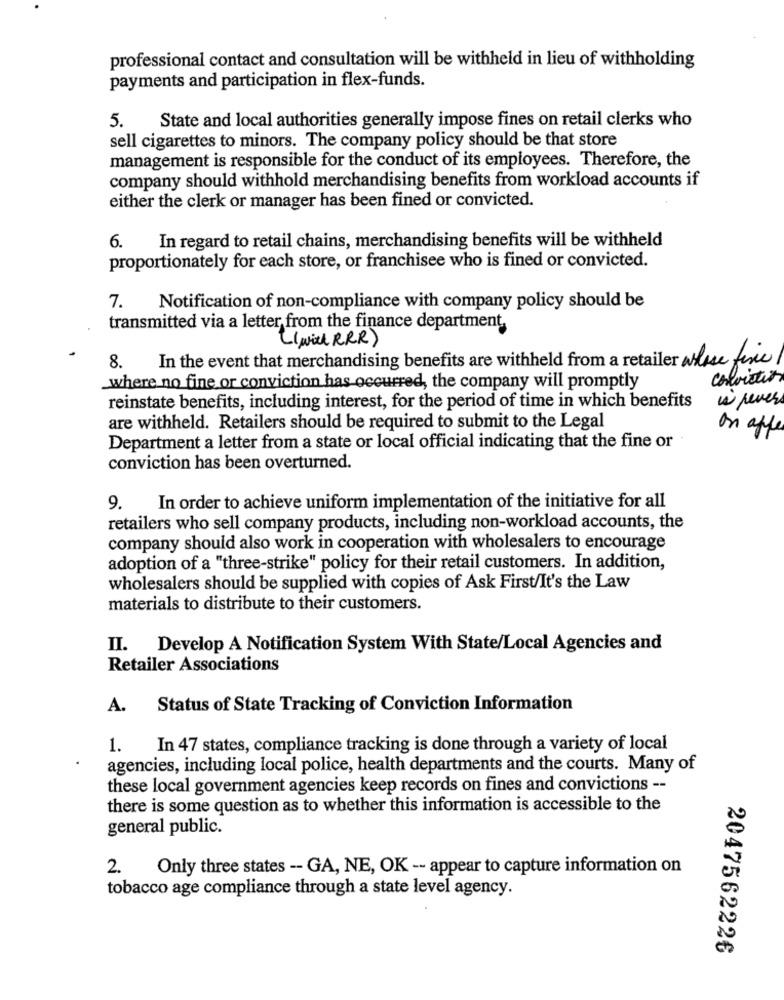
professional contact and consultation will be withheld in lieu of withholding
payments and participation in flex-funds.
5.
State and local authorities generally impose fines on retail clerks who
sell cigarettes to minors. The company policy should be that store
management is responsible for the conduct of its employees. Therefore, the
company should withhold merchandising benefits from workload accounts if
either the clerk or manager has been fined or convicted.
6. In regard to retail chains, merchandising benefits will be withheld
proportionately for each store, or franchisee who is fined or convicted.
7.
Notification of non-compliance with company policy should be
transmitted via a letter from the finance department,
(will RRR)
In the event that merchandising benefits are withheld from a retailer alose fixe
8.
conviction
where no fine or conviction has occurred, the company will promptly
w pevers
reinstate benefits, including interest, for the period of time in which benefits
are withheld. Retailers should be required to submit to the Legal
on after
Department a letter from a state or local official indicating that the fine or
conviction has been overturned.
9.
In order to achieve uniform implementation of the initiative for all
retailers who sell company products, including non-workload accounts, the
company should also work in cooperation with wholesalers to encourage
adoption of a "three-strike" policy for their retail customers. In addition,
wholesalers should be supplied with copies of Ask First/It's the Law
materials to distribute to their customers.
II. Develop A Notification System With State/Local Agencies and
Retailer Associations
A.
Status of State Tracking of Conviction Information
1.
In 47 states, compliance tracking is done through a variety of local
agencies, including local police, health departments and the courts. Many of
these local government agencies keep records on fines and convictions --
there is some question as to whether this information is accessible to the
general public.
2.
Only three states -- GA, NE, OK -- appear to capture information on
tobacco age compliance through a state level agency.
2047562226